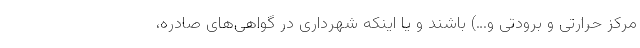
مرکز حرارتی و برودتی و…) باشند و یا اینکه شهرداری در گواهی‌های صادره،